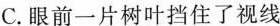
C.眼前一片树叶挡住了视线